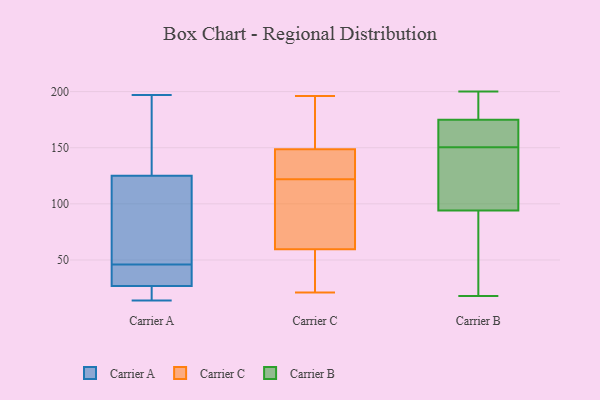
{"axis": {"x": "Bounce Rate (%)", "y": "Value"}, "legend": ["Carrier A", "Carrier B", "Carrier C"], "data": [{"x": "", "y": 152, "type": "Carrier A"}, {"x": "", "y": 21, "type": "Carrier A"}, {"x": "", "y": 188, "type": "Carrier A"}, {"x": "", "y": 43, "type": "Carrier A"}, {"x": "", "y": 14, "type": "Carrier A"}, {"x": "", "y": 197, "type": "Carrier A"}, {"x": "", "y": 46, "type": "Carrier A"}, {"x": "", "y": 133, "type": "Carrier A"}, {"x": "", "y": 101, "type": "Carrier A"}, {"x": "", "y": 32, "type": "Carrier A"}, {"x": "", "y": 25, "type": "Carrier A"}, {"x": "", "y": 33, "type": "Carrier A"}, {"x": "", "y": 20, "type": "Carrier A"}, {"x": "", "y": 71, "type": "Carrier A"}, {"x": "", "y": 58, "type": "Carrier A"}, {"x": "", "y": 57, "type": "Carrier C"}, {"x": "", "y": 138, "type": "Carrier C"}, {"x": "", "y": 67, "type": "Carrier C"}, {"x": "", "y": 149, "type": "Carrier C"}, {"x": "", "y": 157, "type": "Carrier C"}, {"x": "", "y": 196, "type": "Carrier C"}, {"x": "", "y": 80, "type": "Carrier C"}, {"x": "", "y": 148, "type": "Carrier C"}, {"x": "", "y": 53, "type": "Carrier C"}, {"x": "", "y": 122, "type": "Carrier C"}, {"x": "", "y": 21, "type": "Carrier C"}, {"x": "", "y": 156, "type": "Carrier B"}, {"x": "", "y": 53, "type": "Carrier B"}, {"x": "", "y": 149, "type": "Carrier B"}, {"x": "", "y": 145, "type": "Carrier B"}, {"x": "", "y": 155, "type": "Carrier B"}, {"x": "", "y": 177, "type": "Carrier B"}, {"x": "", "y": 190, "type": "Carrier B"}, {"x": "", "y": 18, "type": "Carrier B"}, {"x": "", "y": 176, "type": "Carrier B"}, {"x": "", "y": 140, "type": "Carrier B"}, {"x": "", "y": 152, "type": "Carrier B"}, {"x": "", "y": 153, "type": "Carrier B"}, {"x": "", "y": 200, "type": "Carrier B"}, {"x": "", "y": 82, "type": "Carrier B"}, {"x": "", "y": 111, "type": "Carrier B"}, {"x": "", "y": 94, "type": "Carrier B"}, {"x": "", "y": 20, "type": "Carrier B"}, {"x": "", "y": 175, "type": "Carrier B"}]}